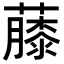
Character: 𧀬